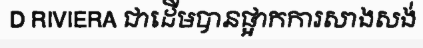
D RIVIERA ជាដើមបានផ្អាកការសាងសង់